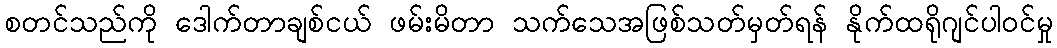
စတင်သည်ကို ဒေါက်တာချစ်ငယ် ဖမ်းမိတာ သက်သေအဖြစ်သတ်မှတ်ရန် နိုက်ထရိုဂျင်ပါဝင်မှု